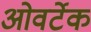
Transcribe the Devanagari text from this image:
ओवर्टेक